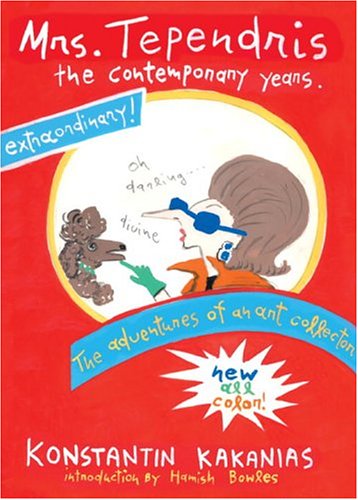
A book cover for Mrs. Tependris: The Contemporary Years; Konstantin Kakanias; Crafts, Hobbies & Home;